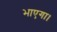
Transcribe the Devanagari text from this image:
भाएगा।